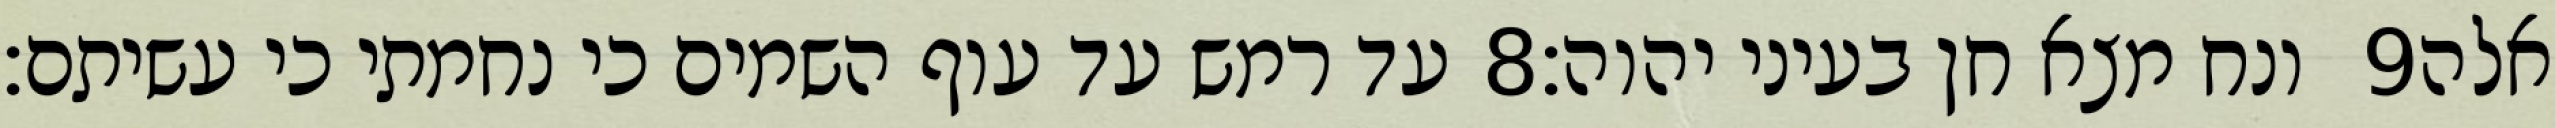
עד רמש עד עוף השמים כי נחמתי כי עשיתם׃ ‎8‏ ונח מצא חן בעיני יהוה׃ ‎9‏ אלה